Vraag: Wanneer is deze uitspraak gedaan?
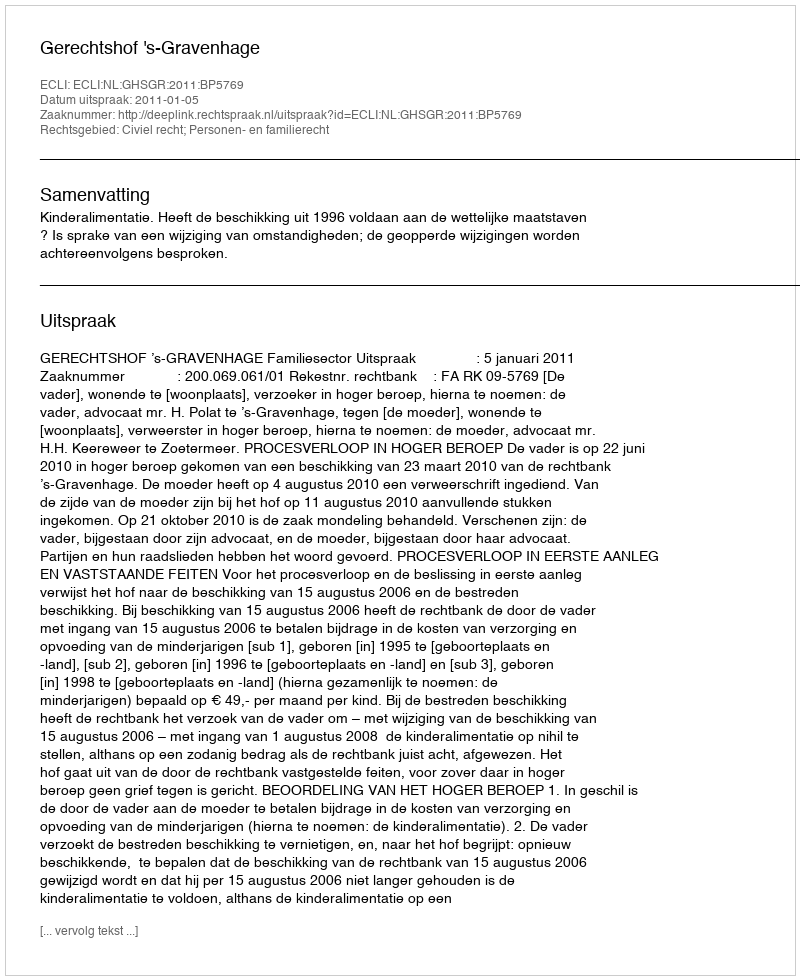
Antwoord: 2011-01-05